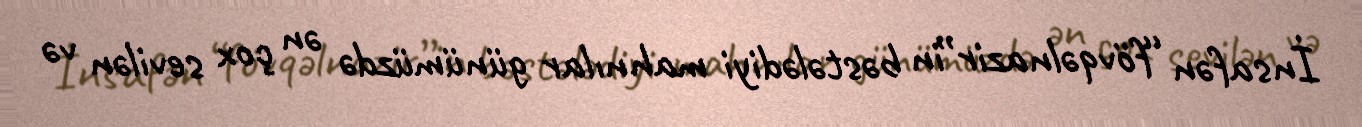
İnsafən “fövqəlnazir”in bəstələdiyi mahnılar günümüzdə ən çox sevilən və